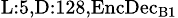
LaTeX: _{\textrm{L}:5,\textrm{D}:128,\textrm{EncDec}_{\textrm{B}1}}